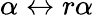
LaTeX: \alpha\leftrightarrow r\alpha